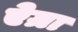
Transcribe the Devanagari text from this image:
ऐग्रा